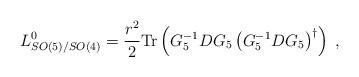
LaTeX: \begin{align*}L_{SO(5)/SO(4)}^{0}=\frac{{r}^{2}}{2}\mathrm{Tr}\left(G_{5}^{-1}DG_{5}\left( G_{5}^{-1}DG_{5}\right) ^{\dag }\right) \;,\end{align*}